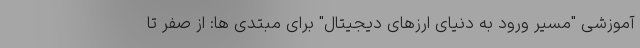
آموزشی "مسیر ورود به دنیای ارزهای دیجیتال" برای مبتدی ها: از صفر تا